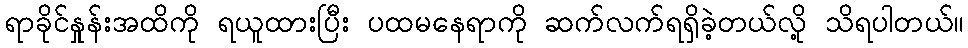
ရာခိုင်နှုန်းအထိကို ရယူထားပြီး ပထမနေရာကို ဆက်လက်ရရှိခဲ့တယ်လို့ သိရပါတယ်။